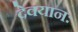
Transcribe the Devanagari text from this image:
देवयानः